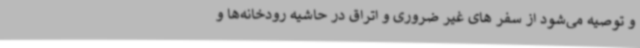
و توصیه می‌شود از سفر های غیر ضروری ‌و اتراق در حاشیه رودخانه‌ها و